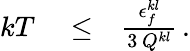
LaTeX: \begin{array}{rlr}{kT}&{{}\le}&{\frac{\epsilon_{f}^{kl}}{3\, Q^{kl}}\, .}\end{array}